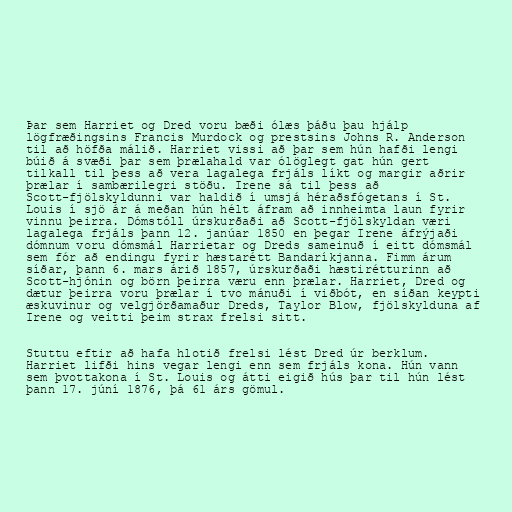
Þar sem Harriet og Dred voru bæði ólæs þáðu þau hjálp
lögfræðingsins Francis Murdock og prestsins Johns R. Anderson
til að höfða málið. Harriet vissi að þar sem hún hafði lengi
búið á svæði þar sem þrælahald var ólöglegt gat hún gert
tilkall til þess að vera lagalega frjáls líkt og margir aðrir
þrælar í sambærilegri stöðu. Irene sá til þess að
Scott-fjölskyldunni var haldið í umsjá héraðsfógetans í St.
Louis í sjö ár á meðan hún hélt áfram að innheimta laun fyrir
vinnu þeirra. Dómstóll úrskurðaði að Scott-fjölskyldan væri
lagalega frjáls þann 12. janúar 1850 en þegar Irene áfrýjaði
dómnum voru dómsmál Harrietar og Dreds sameinuð í eitt dómsmál
sem fór að endingu fyrir hæstarétt Bandaríkjanna. Fimm árum
síðar, þann 6. mars árið 1857, úrskurðaði hæstirétturinn að
Scott-hjónin og börn þeirra væru enn þrælar. Harriet, Dred og
dætur þeirra voru þrælar í tvo mánuði í viðbót, en síðan keypti
æskuvinur og velgjörðamaður Dreds, Taylor Blow, fjölskylduna af
Irene og veitti þeim strax frelsi sitt.

Stuttu eftir að hafa hlotið frelsi lést Dred úr berklum.
Harriet lifði hins vegar lengi enn sem frjáls kona. Hún vann
sem þvottakona í St. Louis og átti eigið hús þar til hún lést
þann 17. júní 1876, þá 61 árs gömul.